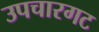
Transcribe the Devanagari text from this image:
उपचारगट